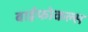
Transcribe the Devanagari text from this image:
बाईफोकल्स